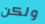
ولكن